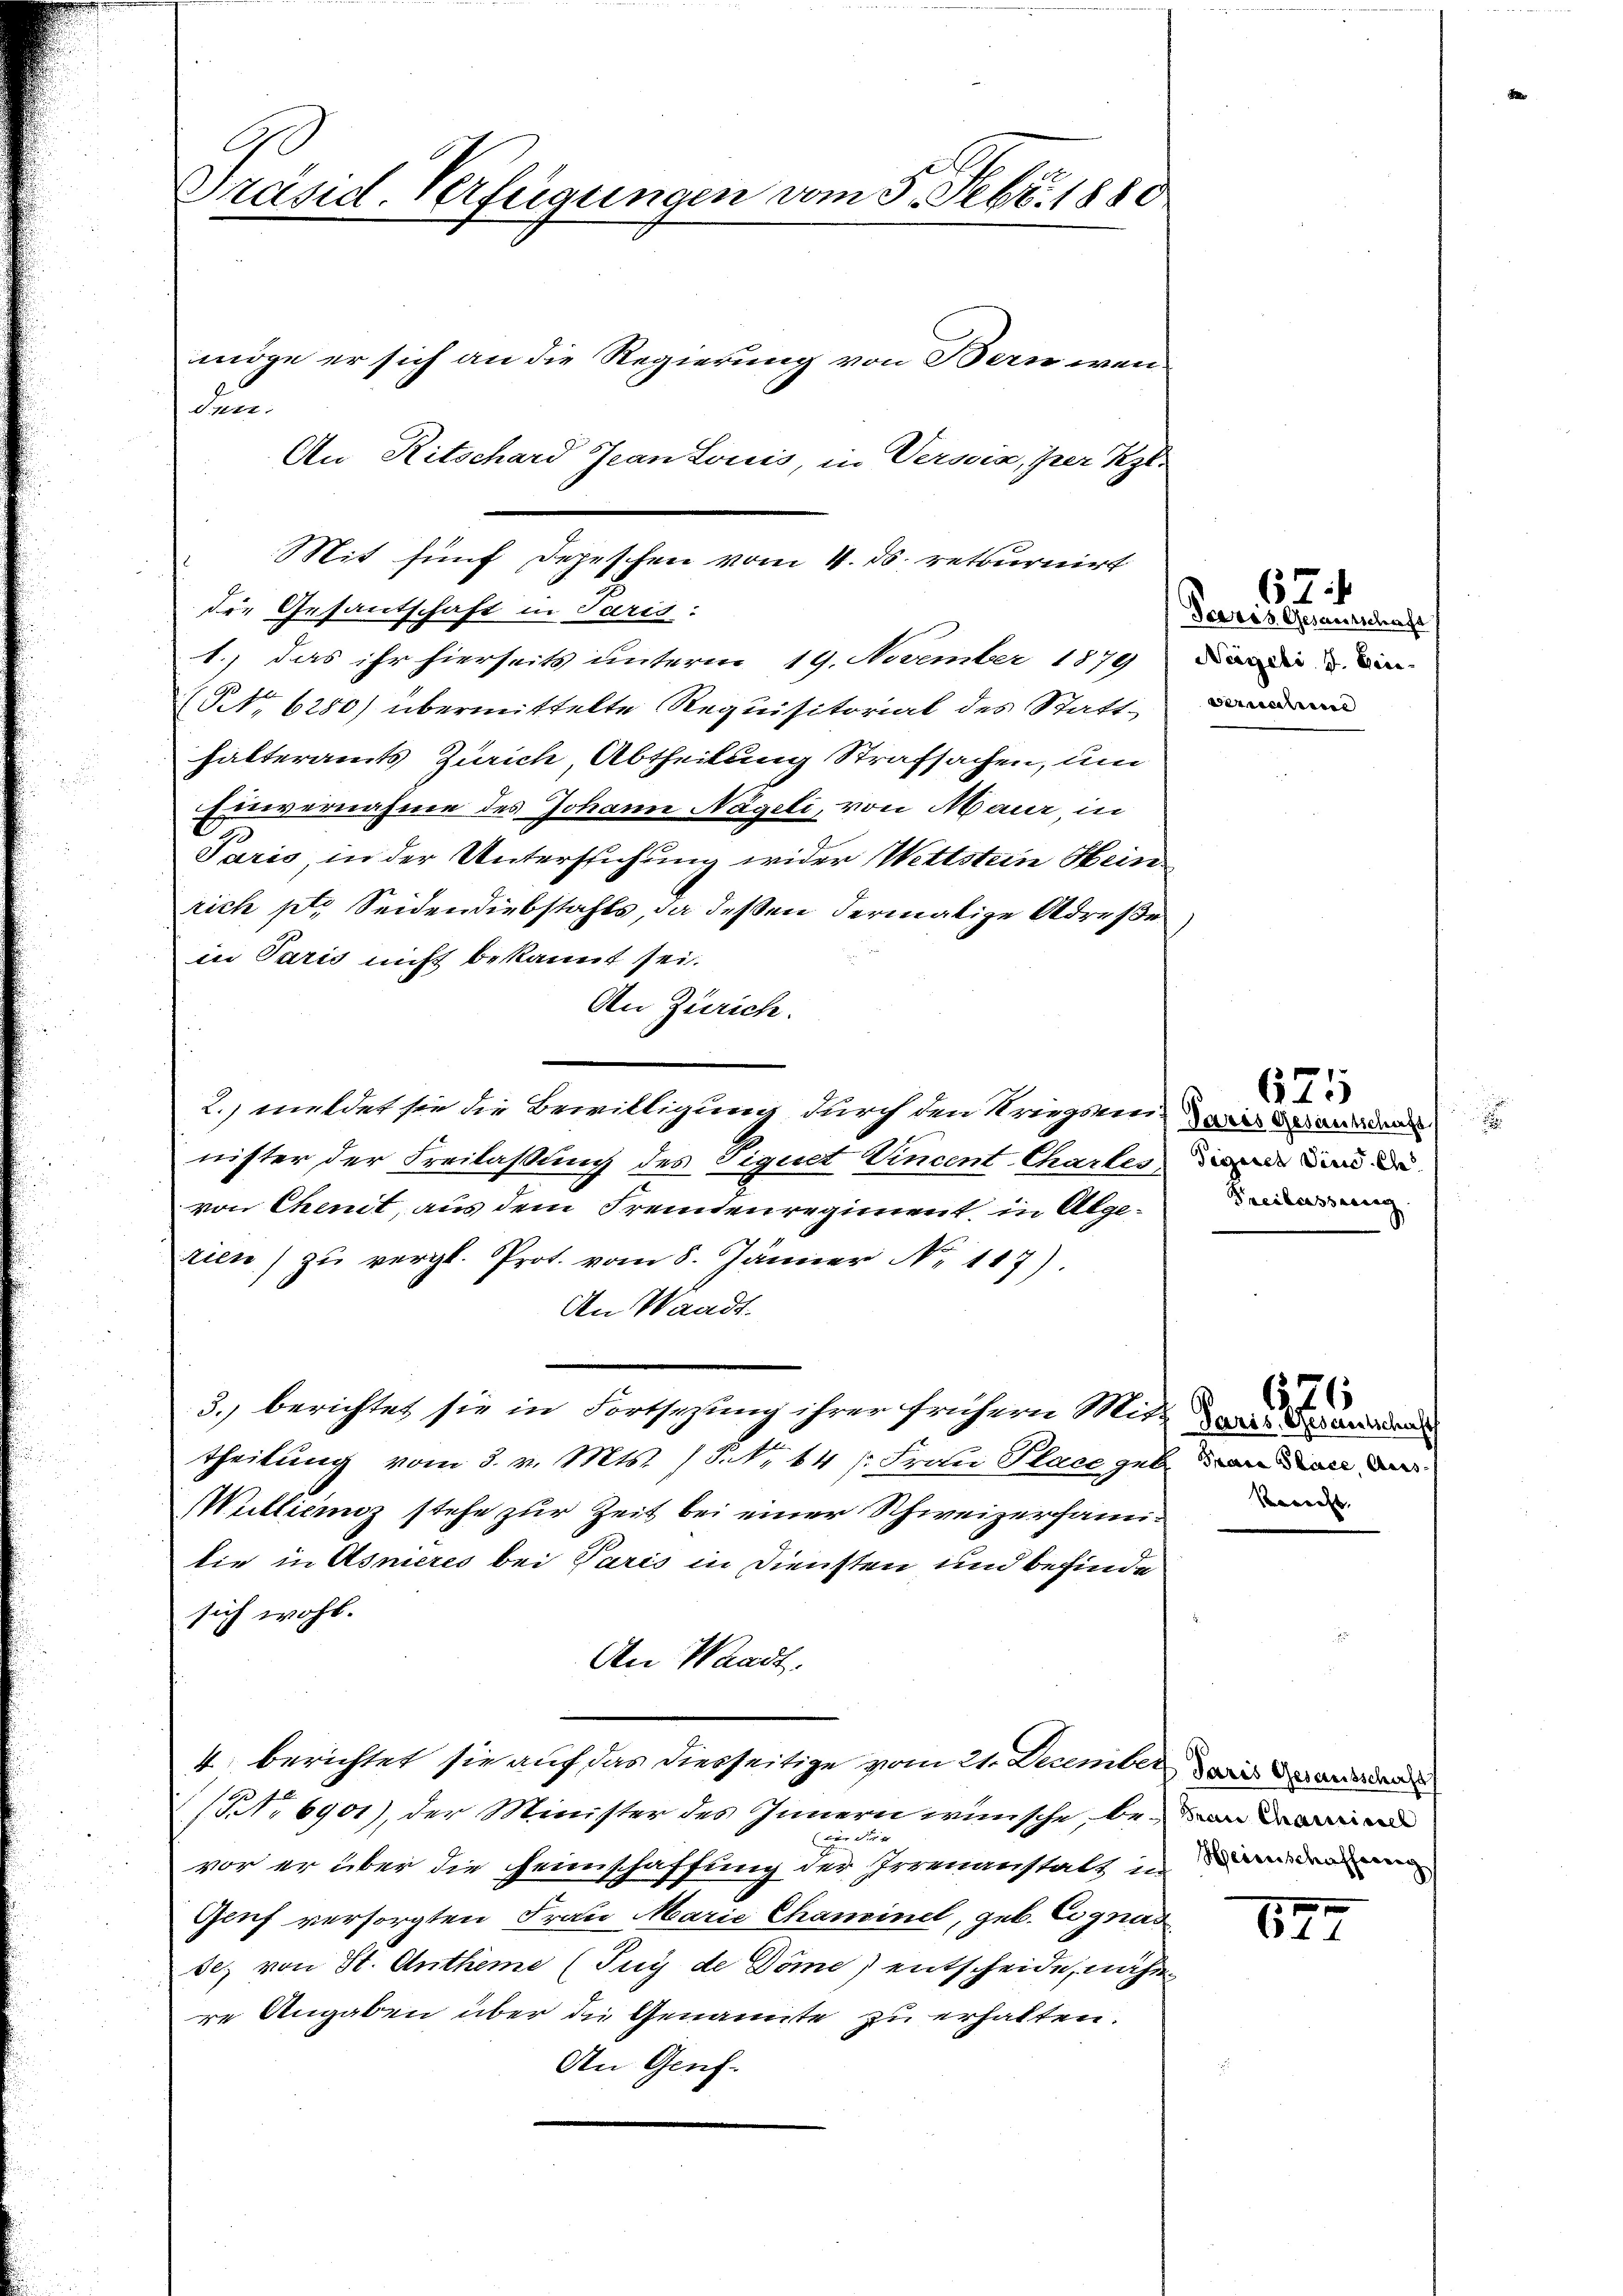
9
Präsid. Verfügungen vom 5. Febr. 1880.
möge er sich an die Regierung von Bern wen¬
Satz.

An Ritschard Jean Louis, in Verson, per Kgl.
die Gesantschaft in Paris:
1.) Das ihr hierseits unterm 19. November 1879 Dein u. in
(NNo. 6280) übermittelte Requisitorial des Statt- un
halteramts Zürich Abtheilung Strafsachen, um
Einvernahme des Johann Nägeli, von Maur, in
9
e
Saris, in der Untersuchung wider Wettstein Hein
rich ptr. Seidendiebstahls, da deßen dermalige Adrese,
in Paris nicht bekannt sei.
An Zürich.
2.) meldet sie die Bewilligung durch den Kriegsmini die and
nister der Freilassung des Tiguet Vincent Chartes die und de
von Chenit, aus dem Fremdenregiment, in Abgerien zŭ vergl. Prot. vom 8. Jänner N. 117).
An Waadt.
3.) berichtet sie in Fortsetzung ihrer frühern Miter den
theilung vom 3. v. Mts. / NNo. 44 f. Frau Place geben
Wullienz stehe zur Zeit bei einer Schweizerfamilie in Asnieres bei Paris in Diensten und befinde
sich wohl.
An Waadt.
4. berichtet sie auf das diesseitige vom 21. December an den werden
(Nr. 6901), der Minister des Innern wünsche, bezin der
vor er über die Heimschaffung der Irrenanstalt in dem denen
Genf versorgten Frau Marie Chaminel, geb. Eignas
sez von St. Antheme (Tuy de Dome) entscheide, nähe
re Angaben über die Genannte zu erhalten.
An Genf.

Mit fünf Depeschen vom 4. ds. retournirt

67
Peeres Gesamtschaft

Freilasserung

675

Rerecht.

i

e
611